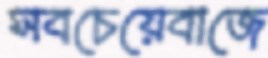
সবচেয়েবাজে